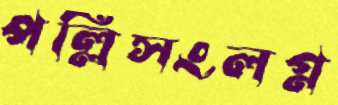
পল্লিসংলগ্ন